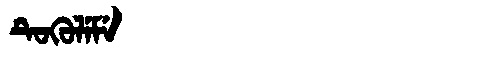
Manchu: ᡨᡠᡴᡠᠯᡝᠮᡝ
Romanization: TUKULEME